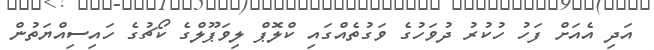
އަދި އެއަށް ފަހު ހުކުރު ދުވަހުގެ ވަގުތެއްގައި ކްލޮޕް ލިވަޕޫލްގެ ކޯޗުގެ ހައިސިއްޔަތުން